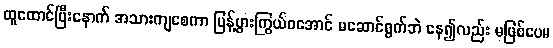
ထူထောင်ပြီးနောက် အသားကျစေကာ ပြန့်ပွားကြွယ်ဝအောင် မဆောင်ရွက်ဘဲ နေ၍လည်း မဖြစ်ပေ။